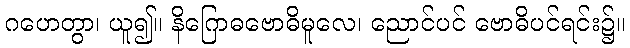
ဂဟေတွာ၊ ယူ၍။ နိဂြောဓဗောဓိမူလေ၊ ညောင်ပင် ဗောဓိပင်ရင်း၌။